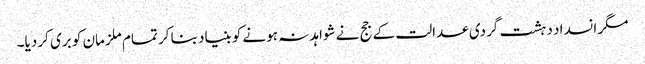
مگر انسداد دہشت گردی عدالت کے جج نے شواہد نہ ہونے کو بنیاد بنا کر تمام ملزمان کو بری کر دیا۔